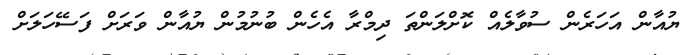
ޔުއާން އަހަރެން ސުވާލެއް ކޮށްލަންތަ ދިމްރާ އެހެން ބުނުމުން ޔުއާން ވަރަށް ފަސޭހަލަށް